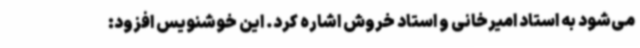
می‌شود به استاد امیرخانی و استاد خروش اشاره کرد. این خوشنویس افزود: